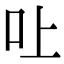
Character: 𠮵